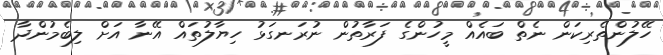
ހޭލުންތެރިކަން ނެތް ބައެއް މީހުންގެ ފަރާތުން ނުރަނގަޅު ހިޔާލުތައް އޭނާ އަށް ލިބެމުންދާ